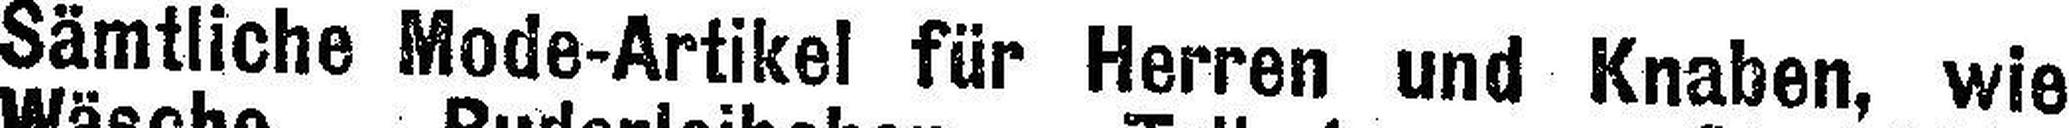
Sämtliche Mode-Artikel für Herren und Knaben, wie